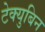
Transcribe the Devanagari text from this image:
टेक्युबिन